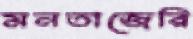
মনতাজেরি